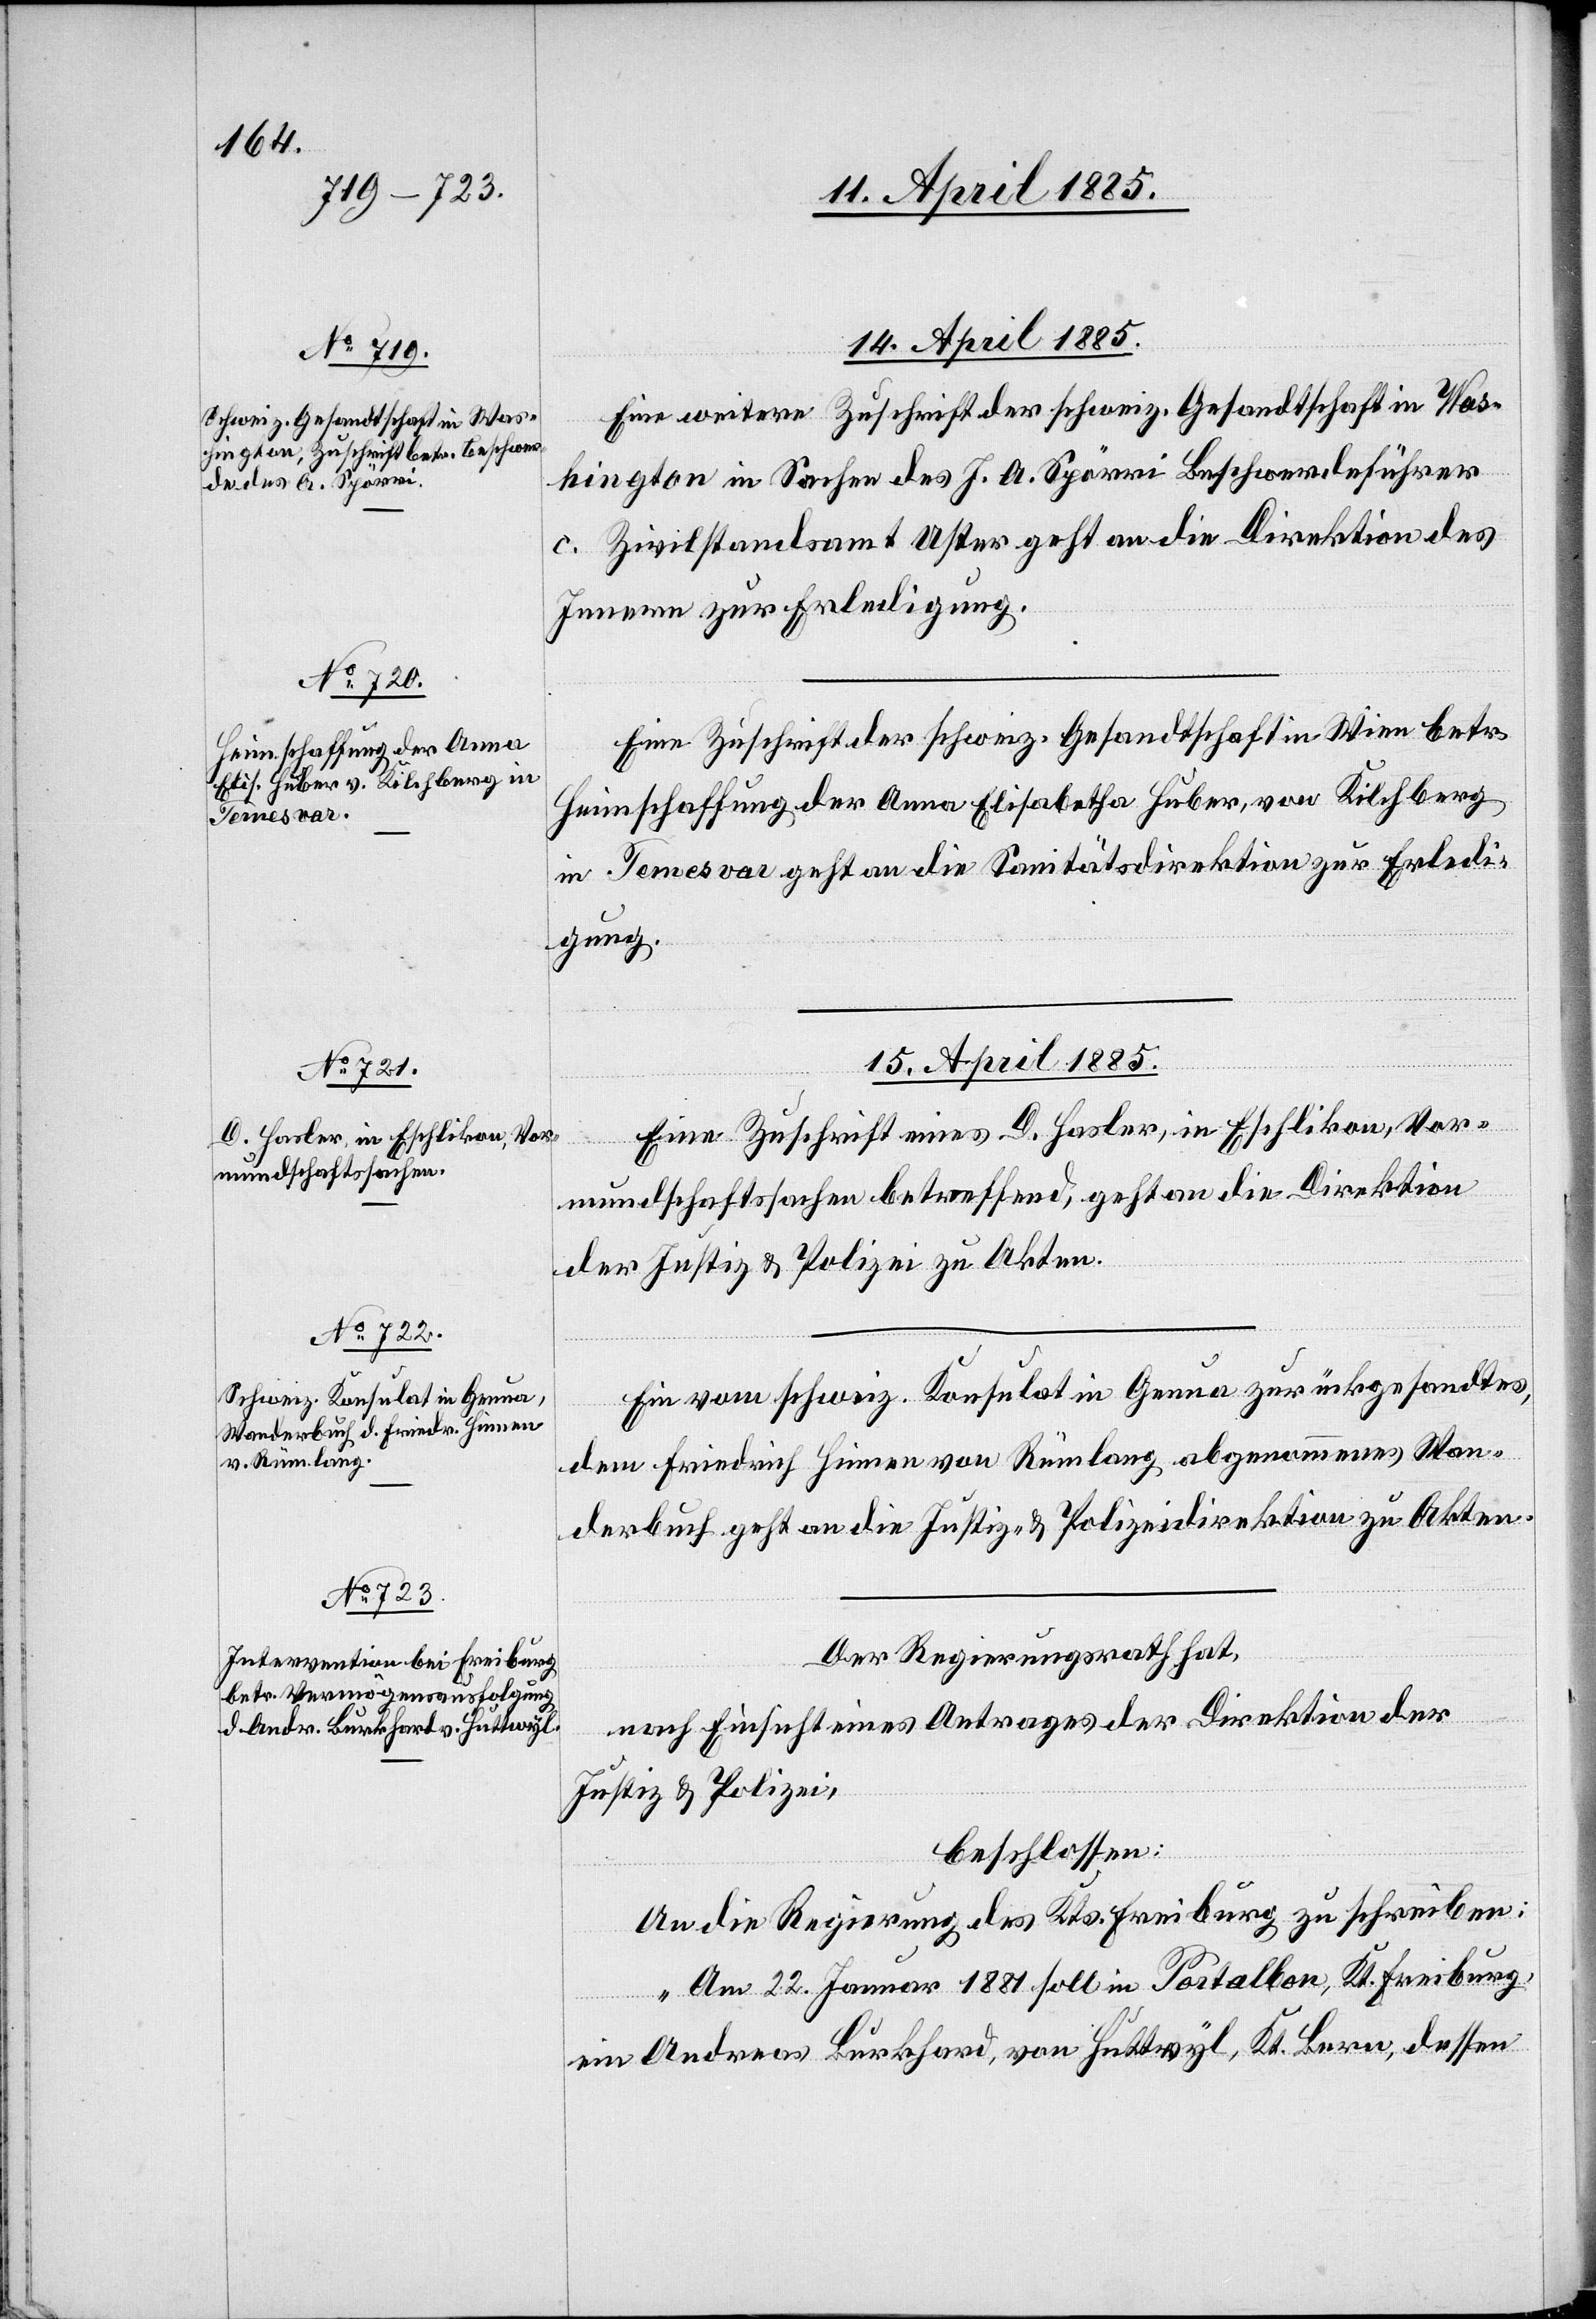
14. April 1885.]
Eine weitere Zuschrift der schweiz. Gesandtschaft in Was¬
hington in Sachen des J. A. Spörri Beschwerdeführer
c. Zivilstandsamt Uster geht an die Direktion des
Innern zur Erledigung.
Eine Zuschrift der schweiz. Gesandtschaft in Wien betr.
Heimschaffung der Anna Elisabetha Huber, von Kilchberg
in Temesvar geht an die Sanitätsdirektion zur Erledi¬
gung.
15. April 1885.]
Eine Zuschrift eines D. Hasler, in Eschlikon, Vor¬
mundschaftssachen betreffend, geht an die Direktion
der Justiz & Polizei zu Akten.
Ein vom schweiz. Konsulat in Genua zurückgesandtes,
dem Friedrich Hinnen von Rümlang, abgenommenes Wan¬
derbuch geht an die Justiz- & Polizeidirektion zu Akten.
Der Regierungsrath hat,
erfügungen.
nach Einsicht eines Antrages der Direktion der
Justiz & Polizei,
beschlossen:
An die Regierung des Kts. Freiburg zu schreiben:
„Am 22. Januar 1881 soll in Portalban, Kt. Freiburg,
ein Andreas Burkhard von Huttwyl, Kt. Bern, dessen